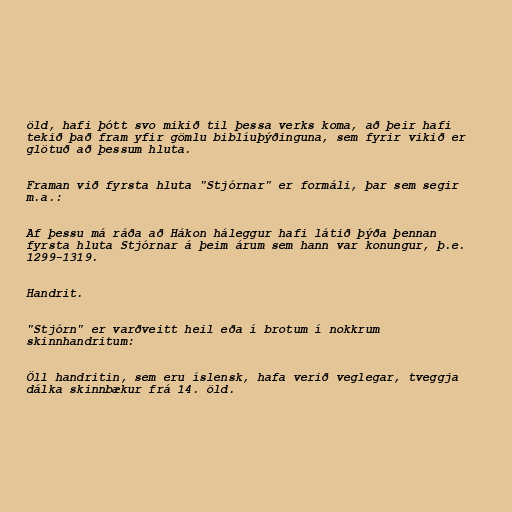
öld, hafi þótt svo mikið til þessa verks koma, að þeir hafi
tekið það fram yfir gömlu biblíuþýðinguna, sem fyrir vikið er
glötuð að þessum hluta.

Framan við fyrsta hluta "Stjórnar" er formáli, þar sem segir
m.a.:

Af þessu má ráða að Hákon háleggur hafi látið þýða þennan
fyrsta hluta Stjórnar á þeim árum sem hann var konungur, þ.e.
1299-1319.

Handrit.

"Stjórn" er varðveitt heil eða í brotum í nokkrum
skinnhandritum:

Öll handritin, sem eru íslensk, hafa verið veglegar, tveggja
dálka skinnbækur frá 14. öld.